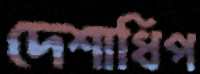
দেশাধিপ